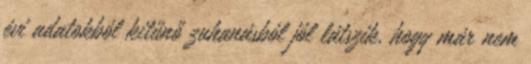
évi adatokból kitűnő zuhanásból jól látszik, hogy már nem